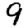
Digit: 9